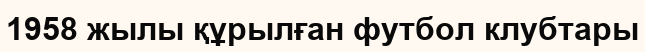
1958 жылы құрылған футбол клубтары